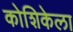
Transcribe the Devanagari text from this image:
कोशिकेला